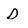
Character: D